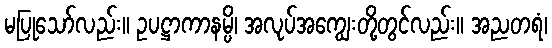
မပြုသော်လည်း။ ဥပဋ္ဌာကာနမ္ပိ၊ အလုပ်အကျွေးတို့တွင်လည်း။ အညတရံ၊